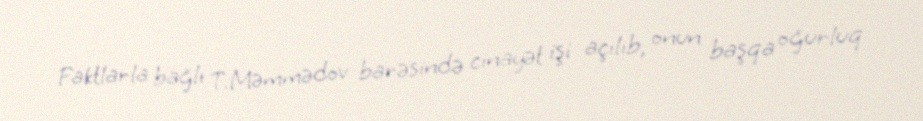
Faktlarla bağlı T.Məmmədov barəsində cinayət işi açılıb, onun başqa oğurluq